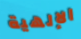
الإلهية